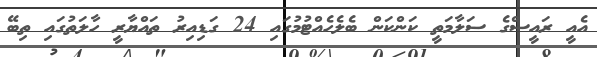
އެއީ ރައީސްގެ ސަލާމަތީ ކަންކަން ބެލެހެއްޓުމުގައި 24 ގަޑިއިރު ތައްޔާރީ ހާލަތުގައި ތިބޭ